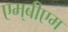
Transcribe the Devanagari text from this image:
एम्‌बीएम